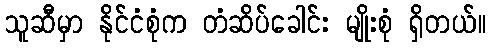
သူဆီမှာ နိုင်ငံစုံက တံဆိပ်ခေါင်း မျိုးစုံ ရှိတယ်။